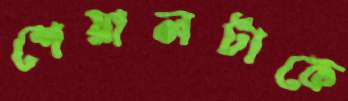
শেয়ালটাকে